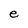
Character: e